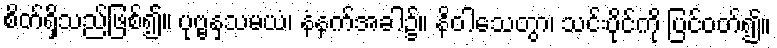
စိတ်ရှိသည်ဖြစ်၍။ ပုဗ္ဗနှသမယံ၊ နံနက်အခါ၌။ နိဝါသေတွာ၊ သင်းပိုင်ကို ပြင်ဝတ်၍။